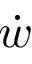
\dot { w }